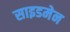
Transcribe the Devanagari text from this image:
साइडमेन